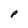
Character: P